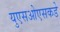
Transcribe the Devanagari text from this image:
युएसओएसकडे